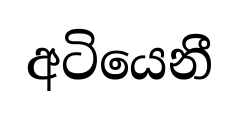
අටියෙනී